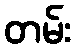
တမ်း